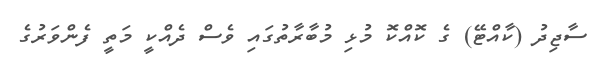
ސާޖިދު (ކާއްޓޭ) ގެ ކޮއްކޮ މުޅި މުބާރާތުގައި ވެސް ދެއްކީ މަތީ ފެންވަރުގެ